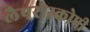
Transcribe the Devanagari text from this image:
लैपरोस्कोपी